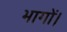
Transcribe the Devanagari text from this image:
भागों।